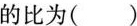
的比为()